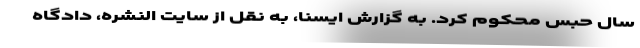
سال حبس محکوم کرد. به گزارش ایسنا، به نقل از سایت النشره، دادگاه